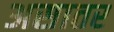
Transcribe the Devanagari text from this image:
असातर